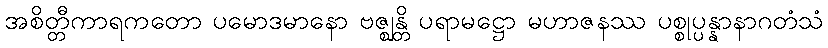
အစိတ္တီကာရကတော ပမောဒမာနော ဗဇ္ဈန္တိ ပရာမဋ္ဌော မဟာဇနဿ ပစ္စုပ္ပန္နာနာဂတံသံ